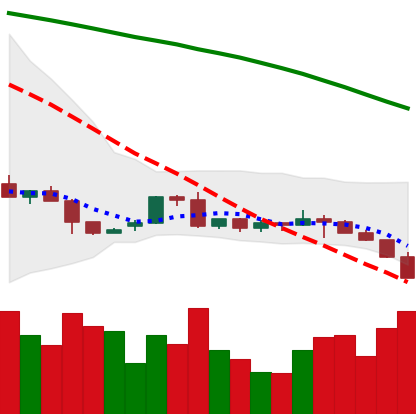
Ticker: LTC-USD
Chart end date: 2022-06-11
Forward return: -14.519%
Label: down_7plus